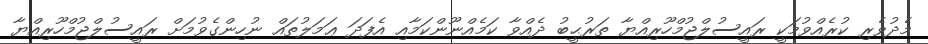
މެދުވެރި ކުރެއްވުމަކީ ރައީސުލްޖުމްހޫރިއްޔާ ތަރުޙީބު ދެއްވާ ކަމެއްނޫންކަމާއި އެފަދަ ޢަމަލުތައް ނުހިންގެވުމަށް ރައީސުލްޖުމްހޫރިއްޔާ